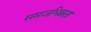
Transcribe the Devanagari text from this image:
समजभिन्नता